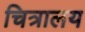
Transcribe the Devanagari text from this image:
चित्रालय